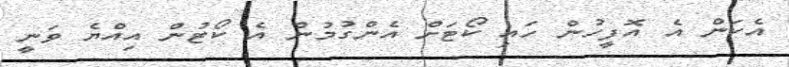
އެކަން އެ އޮފީހުން ހައި ކޯޓަށް އެންގުމުން އެ ކޯޓުން އިއްޔެ ވަނީ